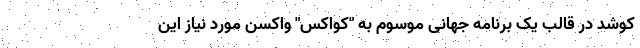
کوشد در قالب یک برنامه جهانی موسوم به "کواکس" واکسن مورد نیاز این